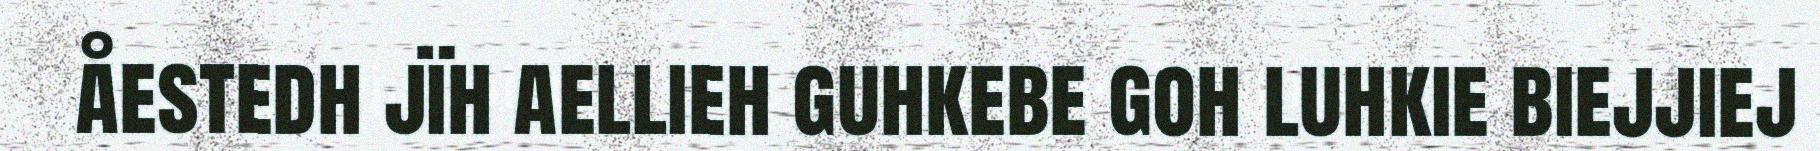
åestedh jïh aellieh guhkebe goh luhkie biejjiej